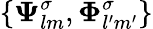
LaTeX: \{ \boldsymbol{\Psi}_{lm}^{\sigma},\boldsymbol{\Phi}_{l^{\prime}m^{\prime}}^{\sigma}\}